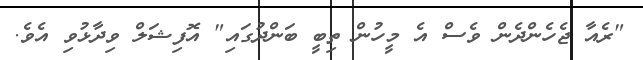
"ރެއާ ޖެހެންދެން ވެސް އެ މީހުން ތިބީ ބަންދުގައި" އޮފިޝަލް ވިދާޅުވި އެވެ.